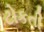
ટોકતી